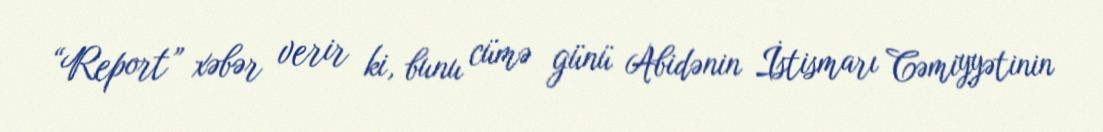
“Report” xəbər verir ki, bunu cümə günü Abidənin İstismarı Cəmiyyətinin